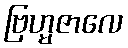
ဗြဟ္မဇာလေ